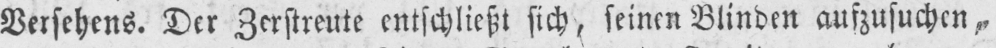
Versehens. Der Zerstreute entschließt sich, seinen Blinden aufzusuchen,